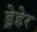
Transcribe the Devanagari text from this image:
ड्रेहेर